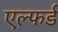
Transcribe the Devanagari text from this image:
एल्फर्ड